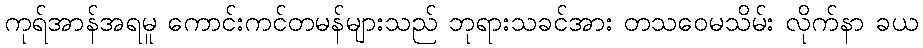
ကုရ်အာန်အရမူ ကောင်းကင်တမန်များသည် ဘုရားသခင်အား တသဝေမသိမ်း လိုက်နာ ခယ